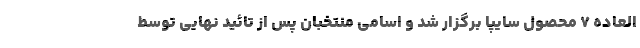
العاده ۷ محصول سایپا برگزار شد و اسامی منتخبان پس از تائید نهایی توسط